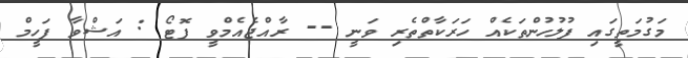
މަގުމަތީގައި ފުލުހުންތަކެއް ހަރަކާތްތެރި ވަނީ -- ރާއްޖެއެމްވީ ފޮޓޯ : އަޝްވާ ފަހީމް